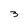
Character: 3